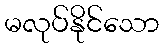
မလုပ်နိုင်သော